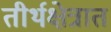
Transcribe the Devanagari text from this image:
तीर्थक्षेत्रात